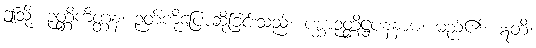
ဤသို့။ ဉတ္တိကိတ္တနံ၊ ဉတ်ကိုပြောဆိုခြင်းသည်။ ပစ္ဆာဉတ္တိဋ္ဌပနံနာမ၊ မည်၏။ ဣတိ၊